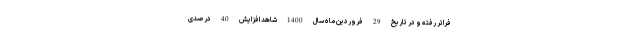
فراتر رفته و در تاریخ 29 فروردین ماه سال 1400 شاهد افزایش 40 درصدی